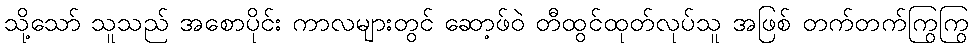
သို့သော် သူသည် အစောပိုင်း ကာလများတွင် ဆော့ဖ်ဝဲ တီထွင်ထုတ်လုပ်သူ အဖြစ် တက်တက်ကြွကြွ